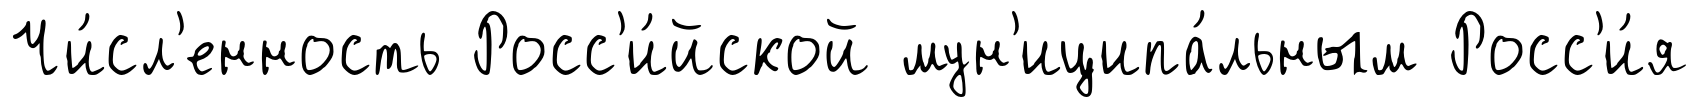
Чи́сл'енность Росс'и́йской мун'иципа́льным Росс'и́я